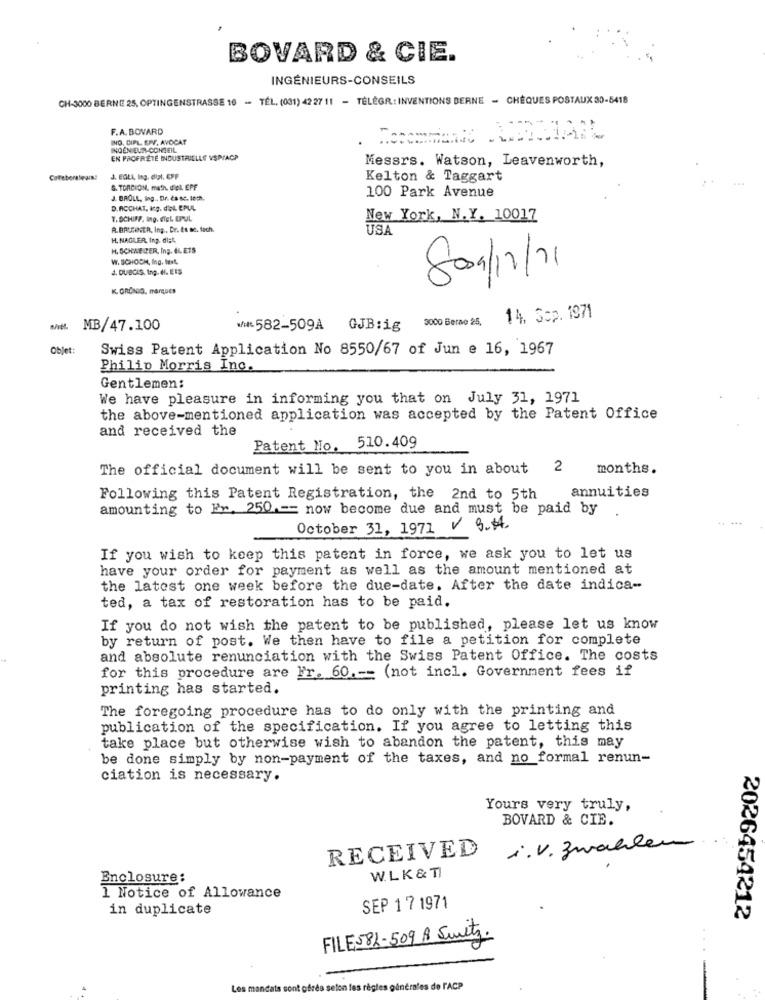
BOVARD & CIE.
INGÉNIEURS-CONSEILS
CH-3000 BERNE 25, OPTINGENSTRASSE 10 -- TÉL. (001) 42 27 11 - TÉLÉGR: INVENTIONS BERNE - CHÈQUES POSTAUX 30-6418
F.A. BOVARD
ING. CIPL EPV. AVOCAT
INGENIEUR-CONSEIL
EN PROFRETE INDUSTRIELLE VSP/ACP
Messrs. Watson, Leavenworth,
J. EGLI, ling. dipl, CPF
Kelton & Taggart
S. TORCION, math. dieL EPF
J. BROLL, ling ., Dr. ca sc. tech.
100 Park Avenue
D.RICCHAT, Ing. d'ol EPUL
T. SCHIFF. Ing. ETEL EPUL
New York, N.Y. 10017
R. BRUCIONER, Ing ., Dr. ta se. fach.
USA
H. NAGLER, Ing. di=4.
H. SCHWE PER, Ing. EL ETS
W. SCHOCH, Ing, text.
J. DUBOIS. Ing. H. EIS
Som/12/201
K. GRONIG. marques
3000 Berao 25,
14, 352. 1971
MM. MB/47.100
w/582-509A GJB:ig
Objet:
Swiss Patent Application No 8550/67 of Jun e 16, 1967
Philip Morris Inc.
Gentlemen:
We have pleasure in informing you that on July 31, 1971
the above-mentioned application was accepted by the Patent Office
and received the
Patent No. 510.409
The official document will be sent to you in about
2 months.
annuities
Following this Patent Registration, the 2nd to 5th
amounting to Er. 250 == now become due and must be paid by
October 31, 1971 / 9.44.
If you wish to keep this patent in force, we ask you to let us
have your order for payment as well as the amount mentioned at
the latest one week before the due-date. After the date indica-
ted, a tax of restoration has to be paid.
If you do not wish the patent to be published, please let us know
by return of post. We then have to file a petition for complete
and absolute renunciation with the Swiss Patent Office. The costs
for this procedure are Fr. 60 ,-- (not incl. Government fees if
printing has started.
The foregoing procedure has to do only with the printing and
publication of the specification. If you agree to letting this
take place but otherwise wish to abandon the patent, this may
be done simply by non-payment of the taxes, and no formal renun-
ciation is necessary.
Yours very truly,
BOVARD & CIE.
RECEIVED
i. v. zwahlen
Enclosure:
W. L K & TI
1 Notice of Allowance
in duplicate
SEP 1 7 1971
2026454212
FILES82-509 A Switz.
Les mandats sont ofres selon les règles generales de FACP